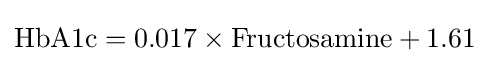
{\rm {HbA1c}}={\rm {0.017}}\times {\rm {Fructosamine}}+{\rm {1.61}}